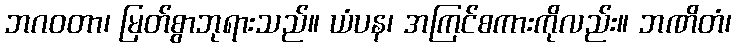
ဘဂဝတာ၊ မြတ်စွာဘုရားသည်။ ယံပန၊ အကြင်စကားကိုလည်း။ ဘဏိတံ၊